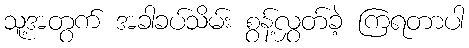
သူ့အတွက် အခါခပ်သိမ်း စွန့်လွှတ်ခဲ့ ကြရတာပါ